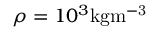
\rho = 1 0 ^ { 3 } \mathrm { k g m ^ { - 3 } }